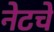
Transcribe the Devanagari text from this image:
नेटचे